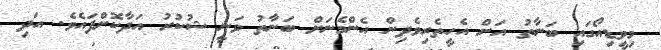
މިވީޑިއޯގައި ބަނާތު އަށް އެހީތެރިވެދިން އެންމެނަށް ބަނާތު ވަނީ ޝުކުރު އަދާކޮށްފައެވެ. އަދި